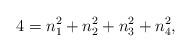
LaTeX: \begin{align*}4=n_{1}^{2}+n_{2}^{2}+n_{3}^{2}+n_{4}^{2},\end{align*}